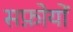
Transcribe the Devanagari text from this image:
सफ़ोयों